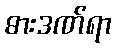
ဓားဒဏ်ရာ